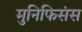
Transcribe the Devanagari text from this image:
मुनिफिसंस